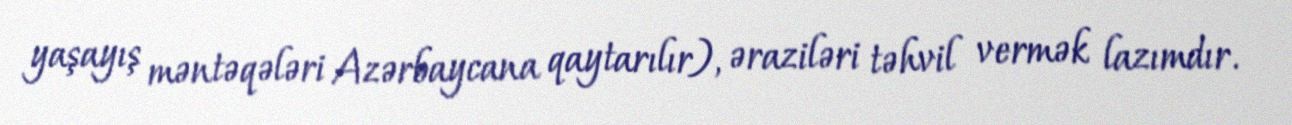
yaşayış məntəqələri Azərbaycana qaytarılır), əraziləri təhvil vermək lazımdır.